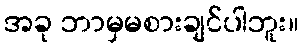
အခု ဘာမှမစားချင်ပါဘူး။